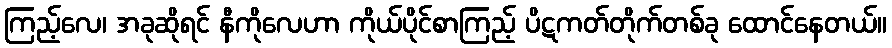
ကြည့်လေ၊ အခုဆိုရင် နီကိုလေဟာ ကိုယ်ပိုင်စာကြည့် ပိဋကတ်တိုက်တစ်ခု ထောင်နေတယ်။